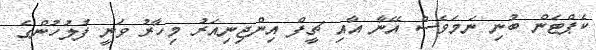
ކެޕްޓަން ބުނި ނަމަވެސް އޭނާ އާއި ޗީފް އިންޖިނިއަރު މިހާރު ވަނީ ފުލުހުންގެ